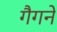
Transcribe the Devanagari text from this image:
गैगने